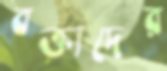
বক্তাদের